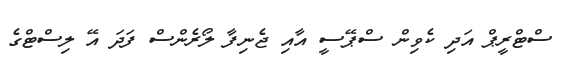
ސްޓްރީޕް އަދި ކެވިން ސްޕޭސީ އާއި ޖެނިފާ ލޯރެންސް ފަދަ އޭ ލިސްޓްގެ